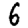
Digit: 6